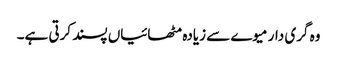
وہ گری دار میوے سے زیادہ مٹھائیاں پسند کرتی ہے۔